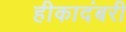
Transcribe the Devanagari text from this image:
हीकादंबरी